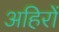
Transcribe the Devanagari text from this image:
अहिरों